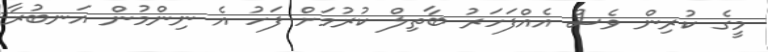
މީގެ ކުރިން ވެސް އެއްފަހަރު ބާތިލް ކުރުމަށް ފަހު އެ ނިންމުން އަނބުރާ